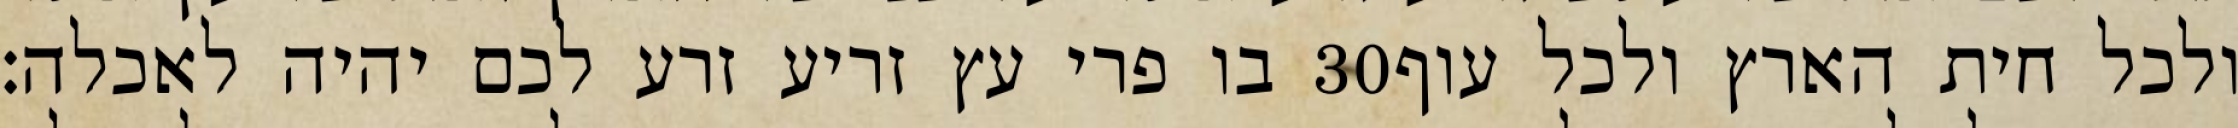
בו פרי עץ זריע זרע לכם יהיה לאכלה׃ ‎30‏ ולכל חית הארץ ולכל עוף